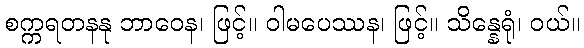
စက္ကရတနနု ဘာဝေန၊ ဖြင့်။ ဝါမပေဿန၊ ဖြင့်။ သိန္နေရုံ၊ ဝယ်။